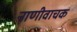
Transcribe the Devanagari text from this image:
नाणीवाचक